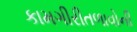
કામગીરીતળાવોની